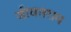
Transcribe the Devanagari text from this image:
जीवतराम